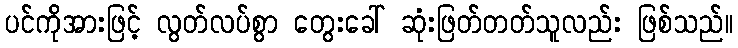
ပင်ကိုအားဖြင့် လွတ်လပ်စွာ တွေးခေါ် ဆုံးဖြတ်တတ်သူလည်း ဖြစ်သည်။